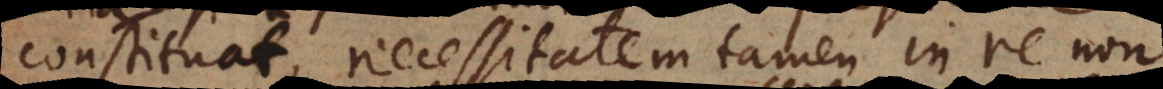
constituat, necessitatem tamen in re non